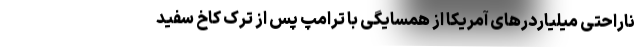
ناراحتی میلیاردرهای آمریکا از همسایگی با ترامپ پس از ترک کاخ سفید